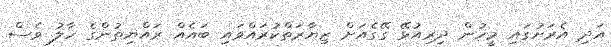
އަދި އެރަށުގައި މީހުން ދިރިއުޅޭ ގޭގެއަށް ޒިޔާރަތްކުރައްވައި ބައެއް ރައްޔިތުންގެ ހާލު ވެސް